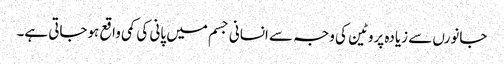
جانورں سے زیادہ پروٹین کی وجہ سے انسانی جسم میں پانی کی کمی واقع ہوجاتی ہے۔